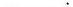
___.